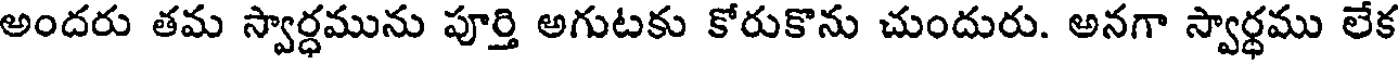
అందరు తమ స్వార్ధమును పూర్తి అగుటకు కోరుకొను చుందురు. అనగా స్వార్ధము లేక